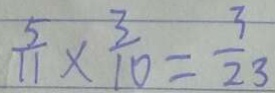
\frac { 5 } { 1 1 } \times \frac { 3 } { 1 0 } = \frac { 3 } { 2 3 }